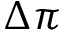
\Delta \pi